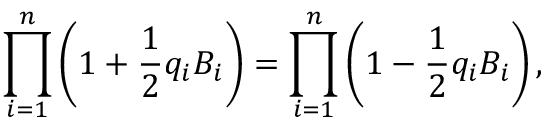
\prod _ { i = 1 } ^ { n } \left( 1 + { \frac { 1 } { 2 } } q _ { i } B _ { i } \right) = \prod _ { i = 1 } ^ { n } \left( 1 - { \frac { 1 } { 2 } } q _ { i } B _ { i } \right) ,